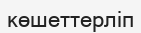
көшеттерліп